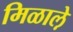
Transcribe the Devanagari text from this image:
मिळाले़